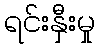
ရင်းနှီးမှု